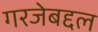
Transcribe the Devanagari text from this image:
गरजेबद्दल